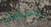
يسهل